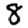
Digit: 8